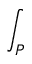
\int _ { P }